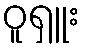
ဝူရှူး